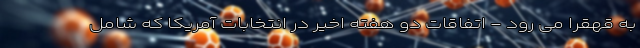
به قهقرا می رود - اتفاقات دو هفته اخیر در انتخابات آمریکا که شامل